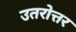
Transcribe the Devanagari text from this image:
उतरोत्तर